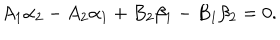
LaTeX: A _ { 1 } \alpha _ { 2 } - A _ { 2 } \alpha _ { 1 } + B _ { 2 } \beta _ { 1 } - B _ { 1 } \beta _ { 2 } = 0 .